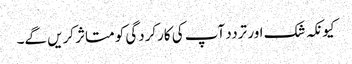
کیونکہ شک اور تردد آپ کی کارکردگی کو متاثر کریں گے۔